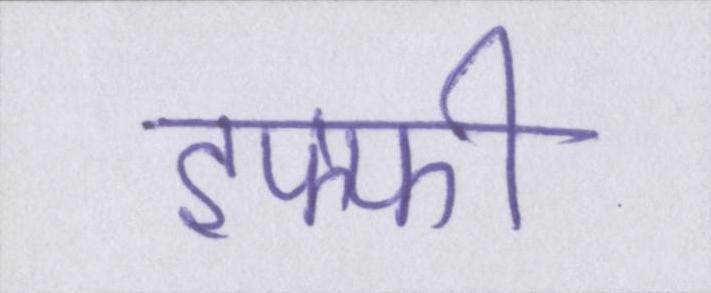
इफ्फी